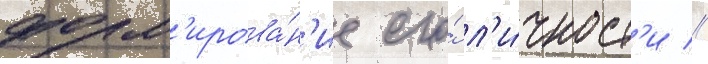
форм'ирова́н'ие его́ л'и́чност'и //